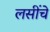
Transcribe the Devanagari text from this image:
लसींचे